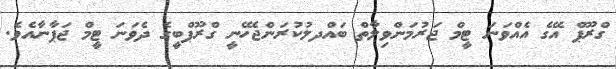
ގްރޫޕް އޭގެ އެއްވަނަ ޓީމް ޖަރުމަންވިލާތް ބައްދލުކުރަންޖެހޭނީ ގްރޫޕްބީގެ ދެވަނަ ޓީމް ޖަޕާނާއެވެ.